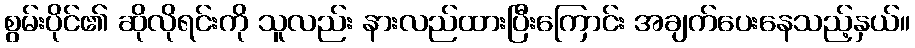
စွမ်းပိုင်၏ ဆိုလိုရင်းကို သူလည်း နားလည်ထားပြီးကြောင်း အချက်ပေးနေသည့်နှယ်။